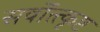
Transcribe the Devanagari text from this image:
सर्वोत्त्कृष्ट